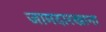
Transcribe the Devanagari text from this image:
जामदारखाना